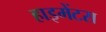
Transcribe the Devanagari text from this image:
हाइमेंटस